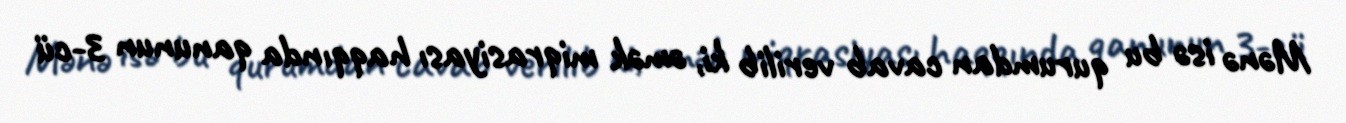
Mənə isə bu qurumdan cavab verilib ki, əmək miqrasiyası haqqında qanunun 3-cü